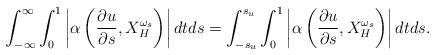
LaTeX: \begin{align*} \int_{-\infty}^{\infty} \int_0^1 \left| \alpha \left(\frac{\partial u}{\partial s}, X^{\omega_s}_H \right)\right| dtds = \int_{-s_u}^{s_u} \int_0^1 \left|\alpha \left(\frac{\partial u}{\partial s}, X^{\omega_s}_H \right)\right|dtds. \end{align*}